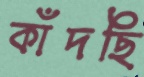
কাঁদছি